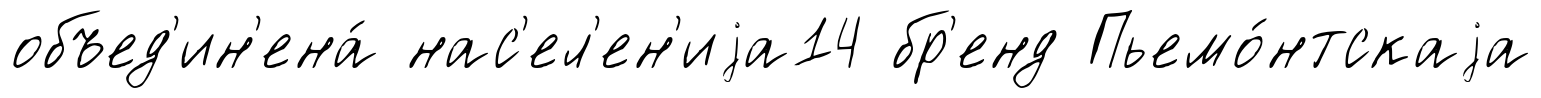
объед'ин'ена́ нас'ел'ен'иjа14 бр'енд Пьемо́нтскаjа